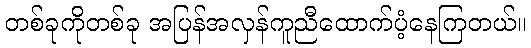
တစ်ခုကိုတစ်ခု အပြန်အလှန်ကူညီထောက်ပံ့နေကြတယ်။